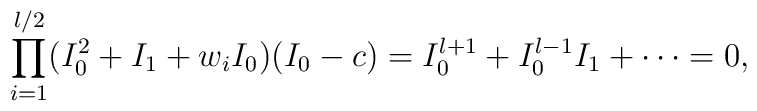
\prod_{i=1}^{l/2} (I_0^2 + I_1 + w_i I_0)(I_0-c) =I_0^{l+1} + I_0^{l-1} I_1 + \cdots = 0,